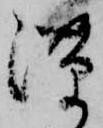
隙